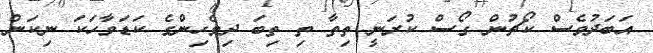
އަބަދުވެސް ކޯޗުން ގޯސް ކުރަނީ ތިތާ ތި ތިބަ ދިވެހިންގެ ކަޑަވާހަކަ ނިކަން